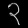
Digit: ၃